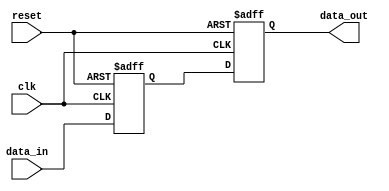
module async_reset_example (
    input wire clk,          // Clock input
    input wire reset,        // Asynchronous reset input
    input wire [7:0] data_in,// Example input signal
    output reg [7:0] data_out // Example output signal
);

// Internal state variable
reg [7:0] state;

// Asynchronous reset and clock behavior
always @(posedge clk or posedge reset) begin
    if (reset) begin
        // Asynchronous reset: set state to predefined value (e.g., zero)
        state <= 8'b0; // Reset state
        data_out <= 8'b0; // Reset output
    end else begin
        // Normal operation on clock edge
        state <= data_in; // Update state with input data
        data_out <= state; // Output the current state
    end
end

endmodule